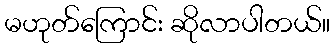
မဟုတ်ကြောင်း ဆိုလာပါတယ်။